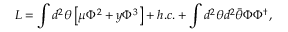
{ \cal L } = \int d ^ { 2 } \theta \left[ \mu \Phi ^ { 2 } + y \Phi ^ { 3 } \right] + h . c . + \int d ^ { 2 } \theta d ^ { 2 } \bar { \theta } \Phi \Phi ^ { \dagger } ,